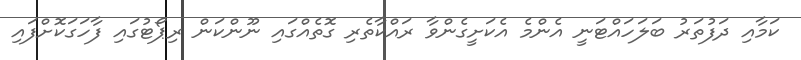
ކަމާއި ދަފުތަރު ބަލަހައްޓަނީ އެންމެ އެކަށީގެންވާ ރައްކާތެރި ގޮތެއްގައި ނޫންކަން ރިޕޯޓުގައި ފާހަގަކޮށްފައި